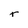
Character: T